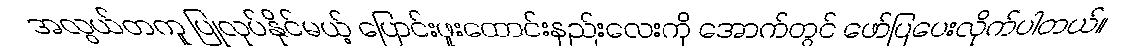
အလွယ်တကူ ပြုလုပ်နိုင်မယ့် ပြောင်းဖူးထောင်းနည်းလေးကို အောက်တွင် ဖော်ပြပေးလိုက်ပါတယ်။